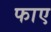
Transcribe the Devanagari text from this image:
फाए